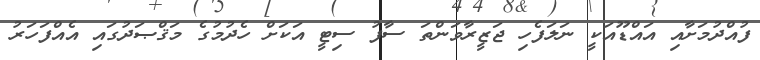
ފުއްދުމަށާއި އައްޑޫއަކީ ނަލަފެހި ޖަޒީރާވަންތަ ސާފު ސިޓީ އަކަށް ހެދުމުގެ މަޤްޞަދުގައި އެއްފަހަރު